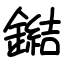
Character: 鐑